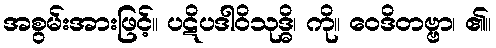
အစွမ်းအားဖြင့်။ ပဋိပဒါဝိသုဒ္ဓိ၊ ကို။ ဝေဒိတဗ္ဗာ၊ ၏။